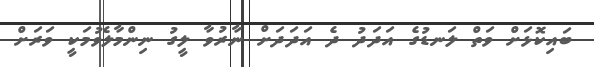
ބައިކޮޅަށް ވަތް ލަނޑުގެ އަދަދު ދެ އަދަދަށް ނާރުވާ ލީގު ނިންމާލެވުމަކީ ވަރަށް